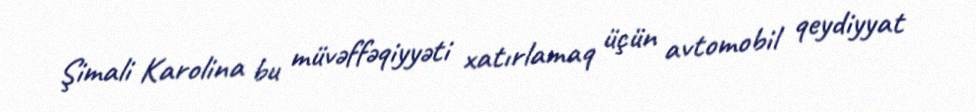
Şimali Karolina bu müvəffəqiyyəti xatırlamaq üçün avtomobil qeydiyyat